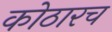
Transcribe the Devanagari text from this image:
कोठारच